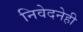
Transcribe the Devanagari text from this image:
निवेदनेही